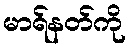
မာရ်နတ်ကို